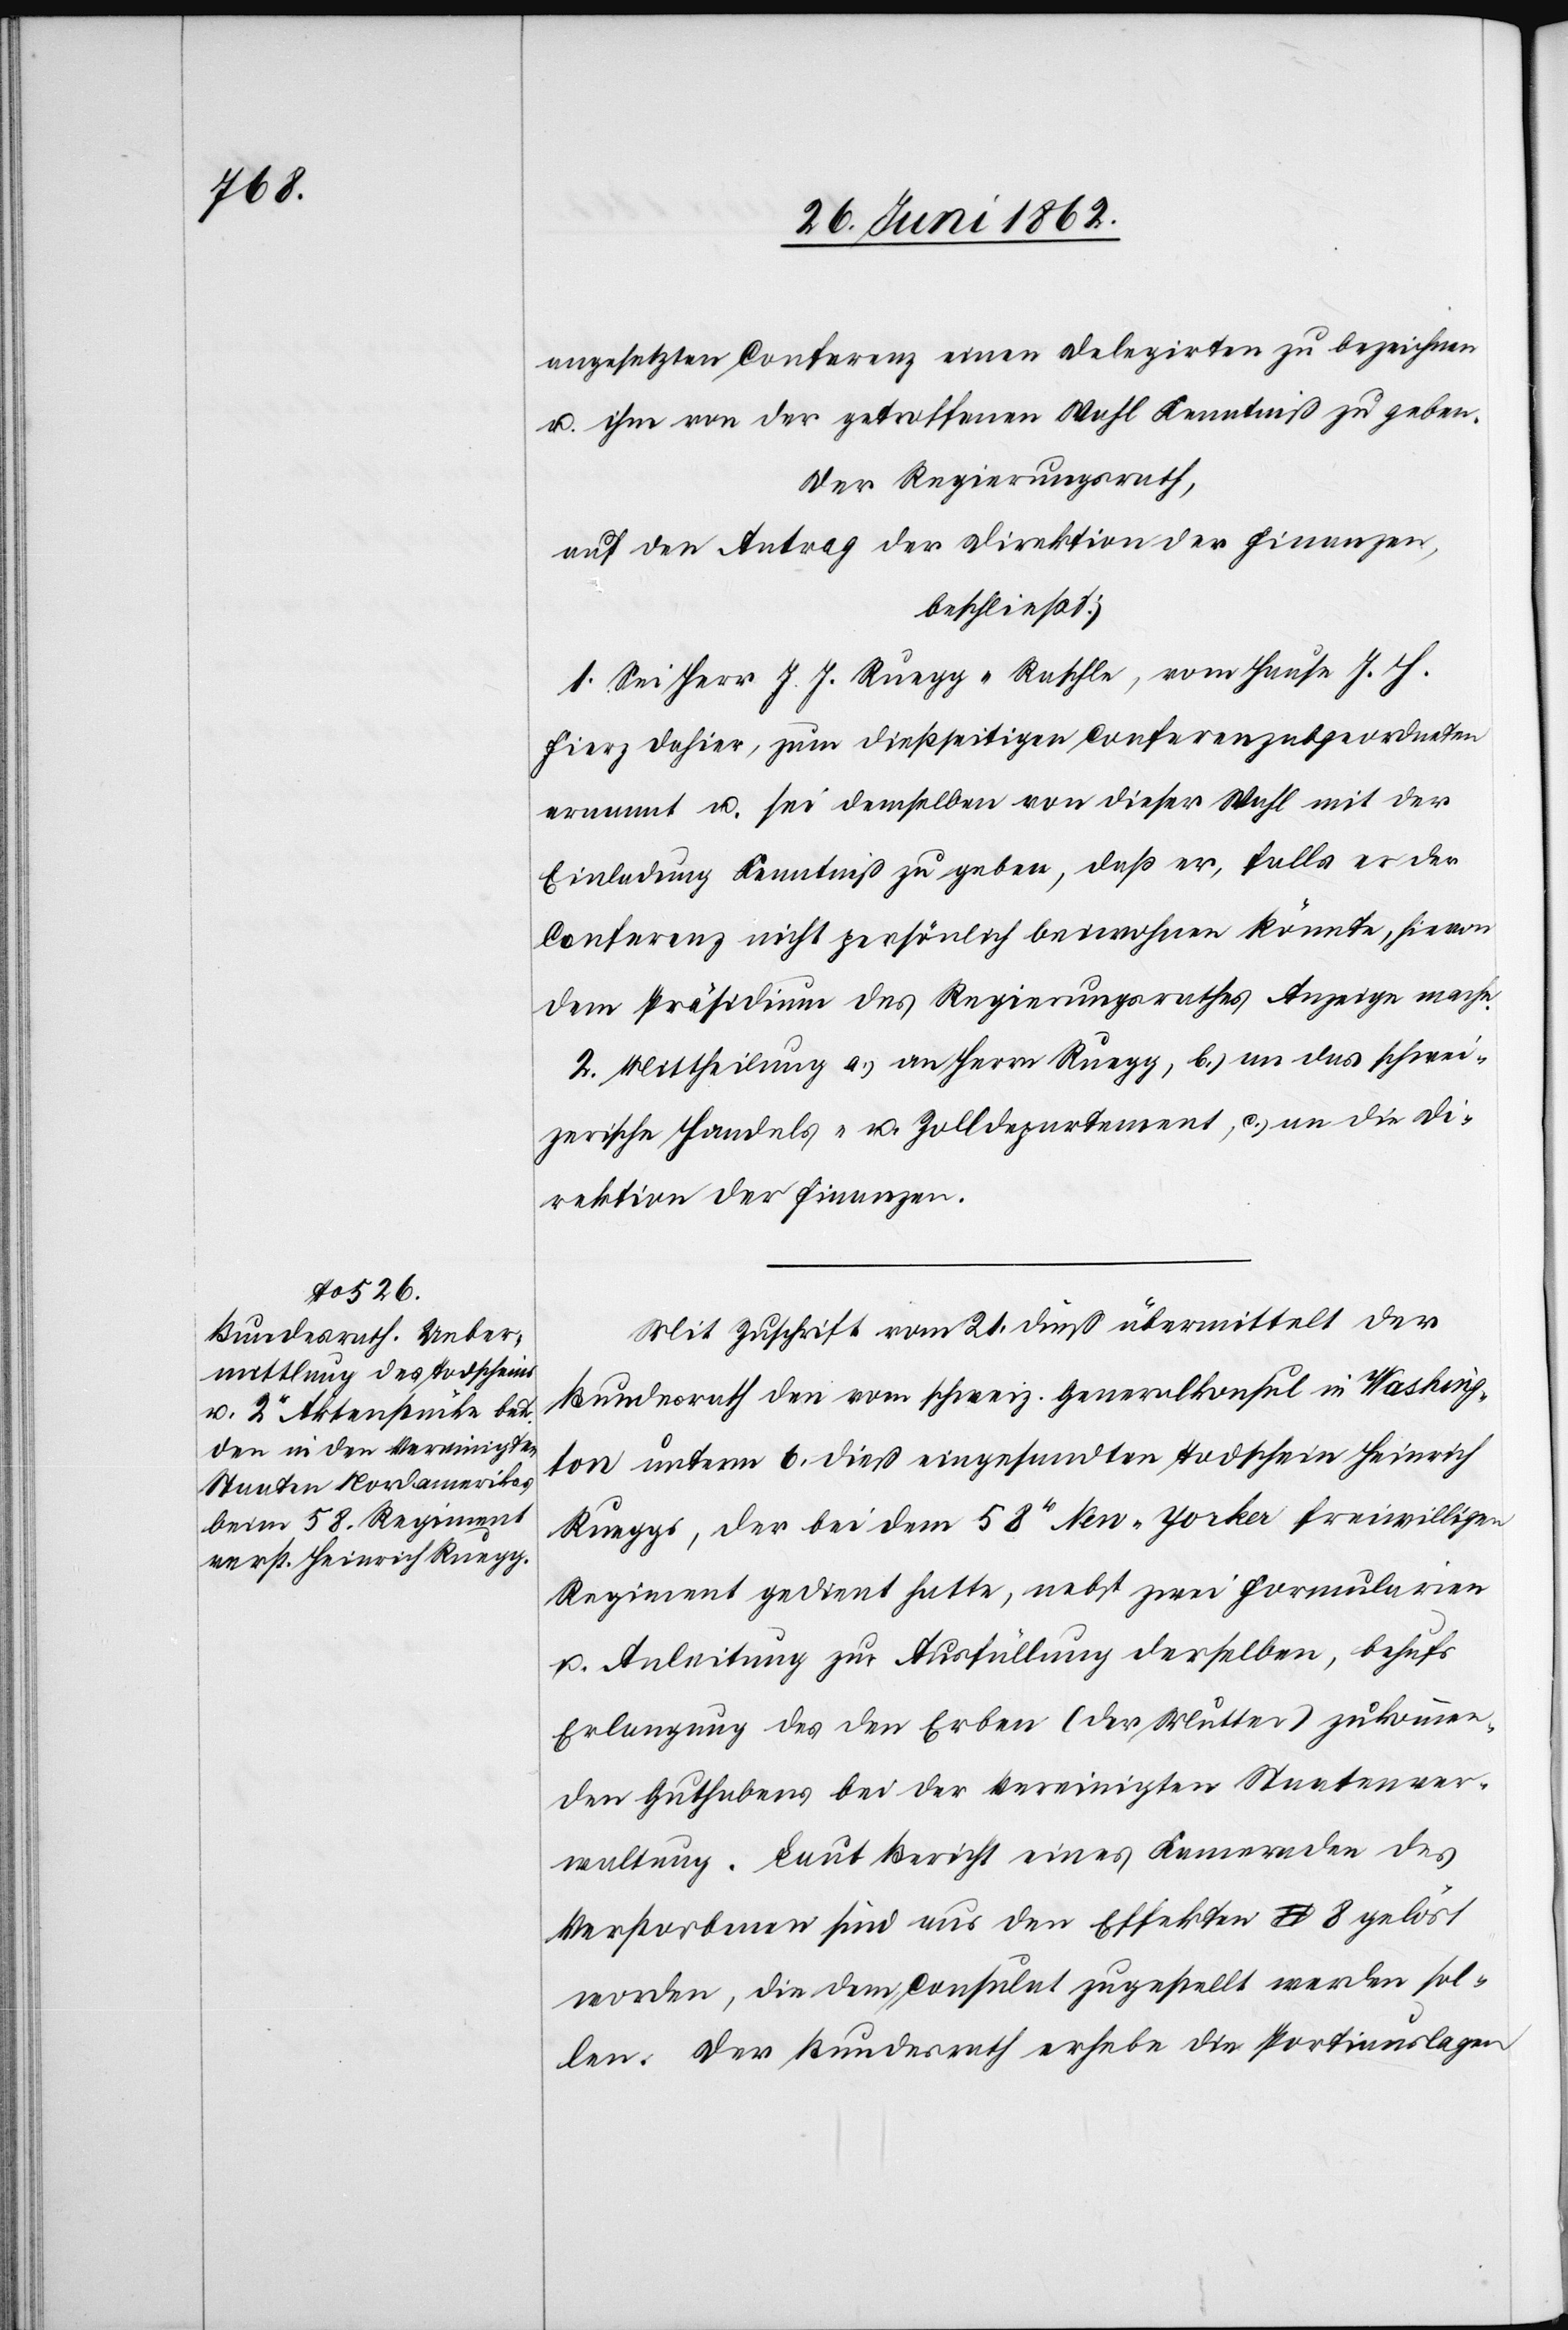
angesetzten Conferenz einen Delegirten zu bezeichnen
u. ihm von der getroffenen Wahl Kenntniß zu geben.
Der Regierungsrath,
auf den Antrag der Direktion der Finanzen,
beschließt:
1. Sei Herr J. J. Ruegg-Raschle, vom Hause J. H.
Fierz dahier, zum dießseitigen Conferenzabgeordneten
ernannt u. sei demselben von dieser Wahl mit der
Einladung Kenntniß zu geben, daß er, falls er der
Conferenz nicht persönlich beiwohnen könnte, hievon
dem Präsidium des Regierungsrathes Anzeige mache.
2. Mittheilung a) an Herrn Ruegg, b) an das schwei¬
zerische Handels- u. Zolldepartement, c) an die Di¬
rektion der Finanzen.
Mit Zuschrift vom 21. dieß übermittelt der
Bundesrath den vom schweiz. Generalkonsul in Washing¬
ton unterm 6. dieß eingesandten Todschein Heinrich
Rueggs, der bei dem 58r New-Yorker freiwilligen
Regiment gedient hatte, nebst zwei Formularen
u. Anleitung zur Ausfüllung derselben, behufs
Erlangung des den Erben (der Mutter) zukommen¬
den Guthabens bei der Vereinigten Staatenver¬
waltung. Laut Bericht eines Kameraden des
Verstorbenen sind aus den Effekten $ 8 gelöst
worden, die dem Consulat zugestellt werden sol¬
len. Der Bundesrath erhebe die Portiauslagen